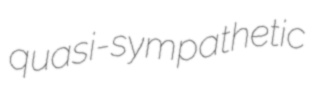
quasi-sympathetic